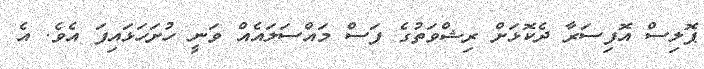
ޕޮލިސް އޮފިސަރާ ދެކޮޅަށް ރިޝްވަތުގެ ފަސް މައްސަލައެއް ވަނީ ހުށަހަޅައިފަ އެވެ. އެ